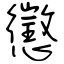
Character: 懲